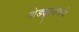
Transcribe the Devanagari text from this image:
मोड्यूल्समध्ये